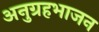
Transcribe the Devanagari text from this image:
अनुग्रहभाजन